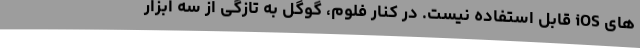
های iOS قابل استفاده نیست. در کنار فلوم، گوگل به تازگی از سه ابزار